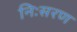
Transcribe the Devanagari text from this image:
निःसरण